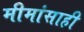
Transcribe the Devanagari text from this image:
मीमांसाही